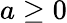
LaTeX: a\geq 0